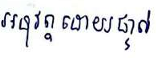
អនុវត្តដោយផ្ទាល់